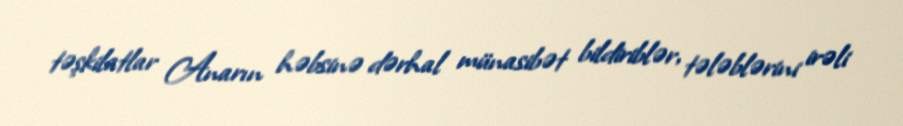
təşkilatlar Anarın həbsinə dərhal münasibət bildiriblər, tələblərini irəli